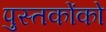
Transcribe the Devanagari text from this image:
पुस्‍तकोंको